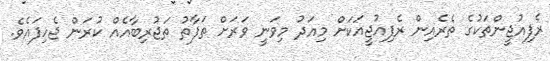
ރެފިއުޖީންތަކުގެ ތެރެއިން ރެފިއުޖީއަކަށް މިއަދު މިވަނީ ވަރަށް ތަފާތު ތަޖުރިބާއެއް ކުރަން ޖެހިފައެވެ.